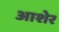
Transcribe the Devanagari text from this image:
आशेर